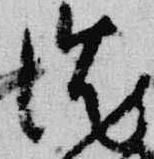
沈